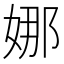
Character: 娜